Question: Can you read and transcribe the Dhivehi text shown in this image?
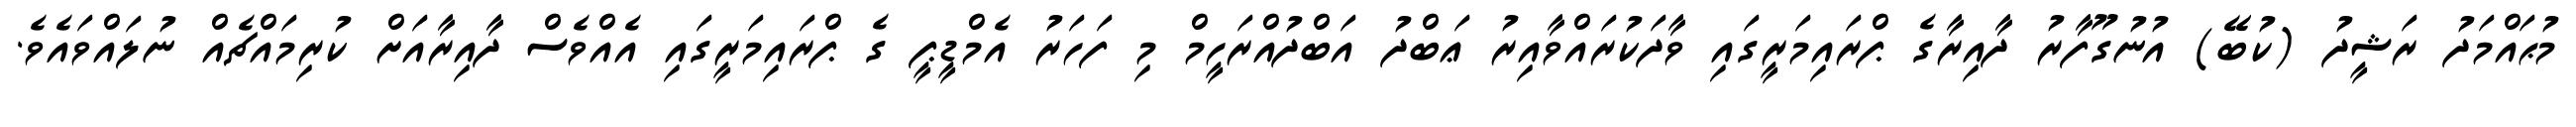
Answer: މުޙައްމަދު ރަޝީދު (ކުބޭ) އުނުގޫފާރު ދާއިރާގެ ޕްރައިމަރީގައި ވާދަކުރައްވާއިރު ޢަބްދު އަބްދުއްރަހީމް މި ފަހަރު އެމްޑީޕީ ގެ ޕްރައިމަރީގައި އެއްވެސް ދާއިރާއަށް ކުރިމައްޗެއް ނުލައްވައެވެ.